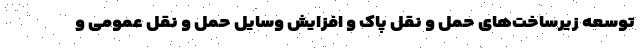
توسعه زیرساخت‌های حمل و نقل پاک و افزایش وسایل حمل و نقل عمومی و